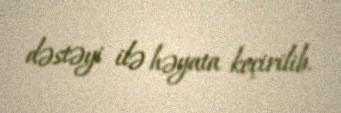
dəstəyi ilə həyata keçirilib.